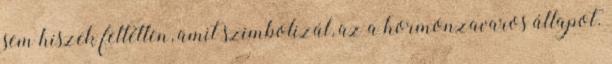
sem hiszek feltétlen, amit szimbolizál, az a hormonzavaros állapot.